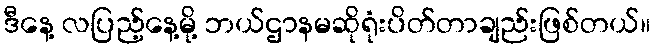
ဒီနေ့ လပြည့်နေ့မို့ ဘယ်ဌာနမဆိုရုံးပိတ်တာချည်းဖြစ်တယ်။